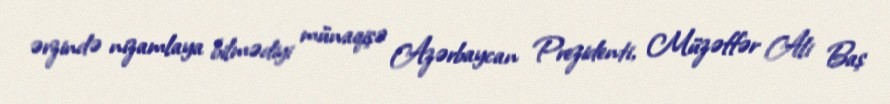
ərzində nizamlaya bilmədiyi münaqişə Azərbaycan Prezidenti, Müzəffər Ali Baş